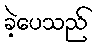
ခဲ့ပေသည်